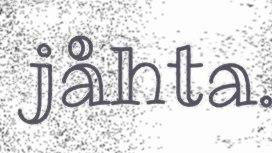
jåhta.